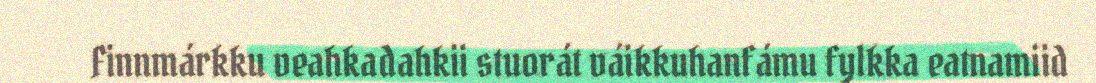
Finnmárkku veahkadahkii stuorát váikkuhanfámu fylkka eatnamiid